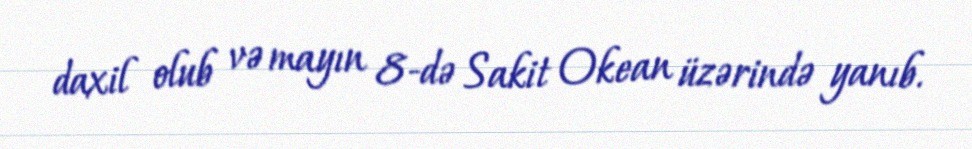
daxil olub və mayın 8-də Sakit Okean üzərində yanıb.